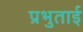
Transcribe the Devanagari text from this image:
प्रभुताई